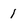
Character: 1